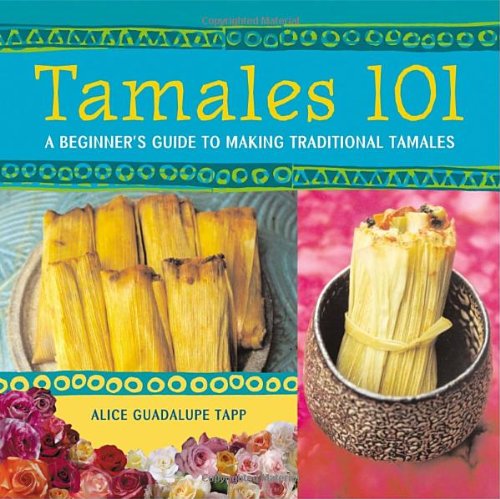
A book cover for Tamales 101: A Beginner's Guide to Making Traditional Tamales; Alice Guadalupe Tapp; Cookbooks, Food & Wine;